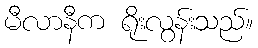
မီလာနီက ရိုးလွန်းသည်။